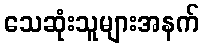
သေဆုံးသူများအနက်